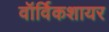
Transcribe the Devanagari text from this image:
वॉर्विकशायर